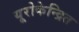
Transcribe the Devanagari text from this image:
यूरोकेन्द्रित